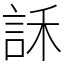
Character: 訸